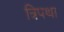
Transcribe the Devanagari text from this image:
त्रिपथा